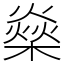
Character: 燊